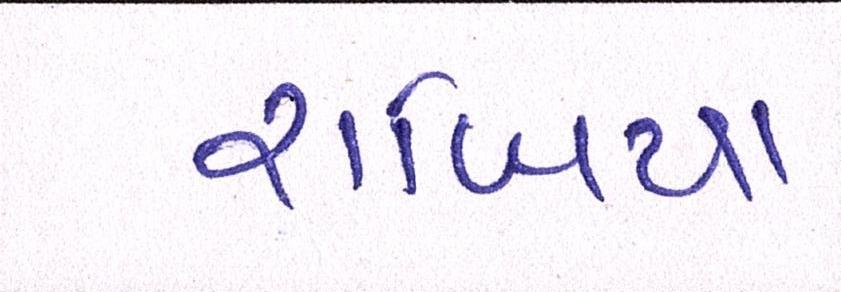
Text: રાબિયા